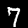
Digit: 7